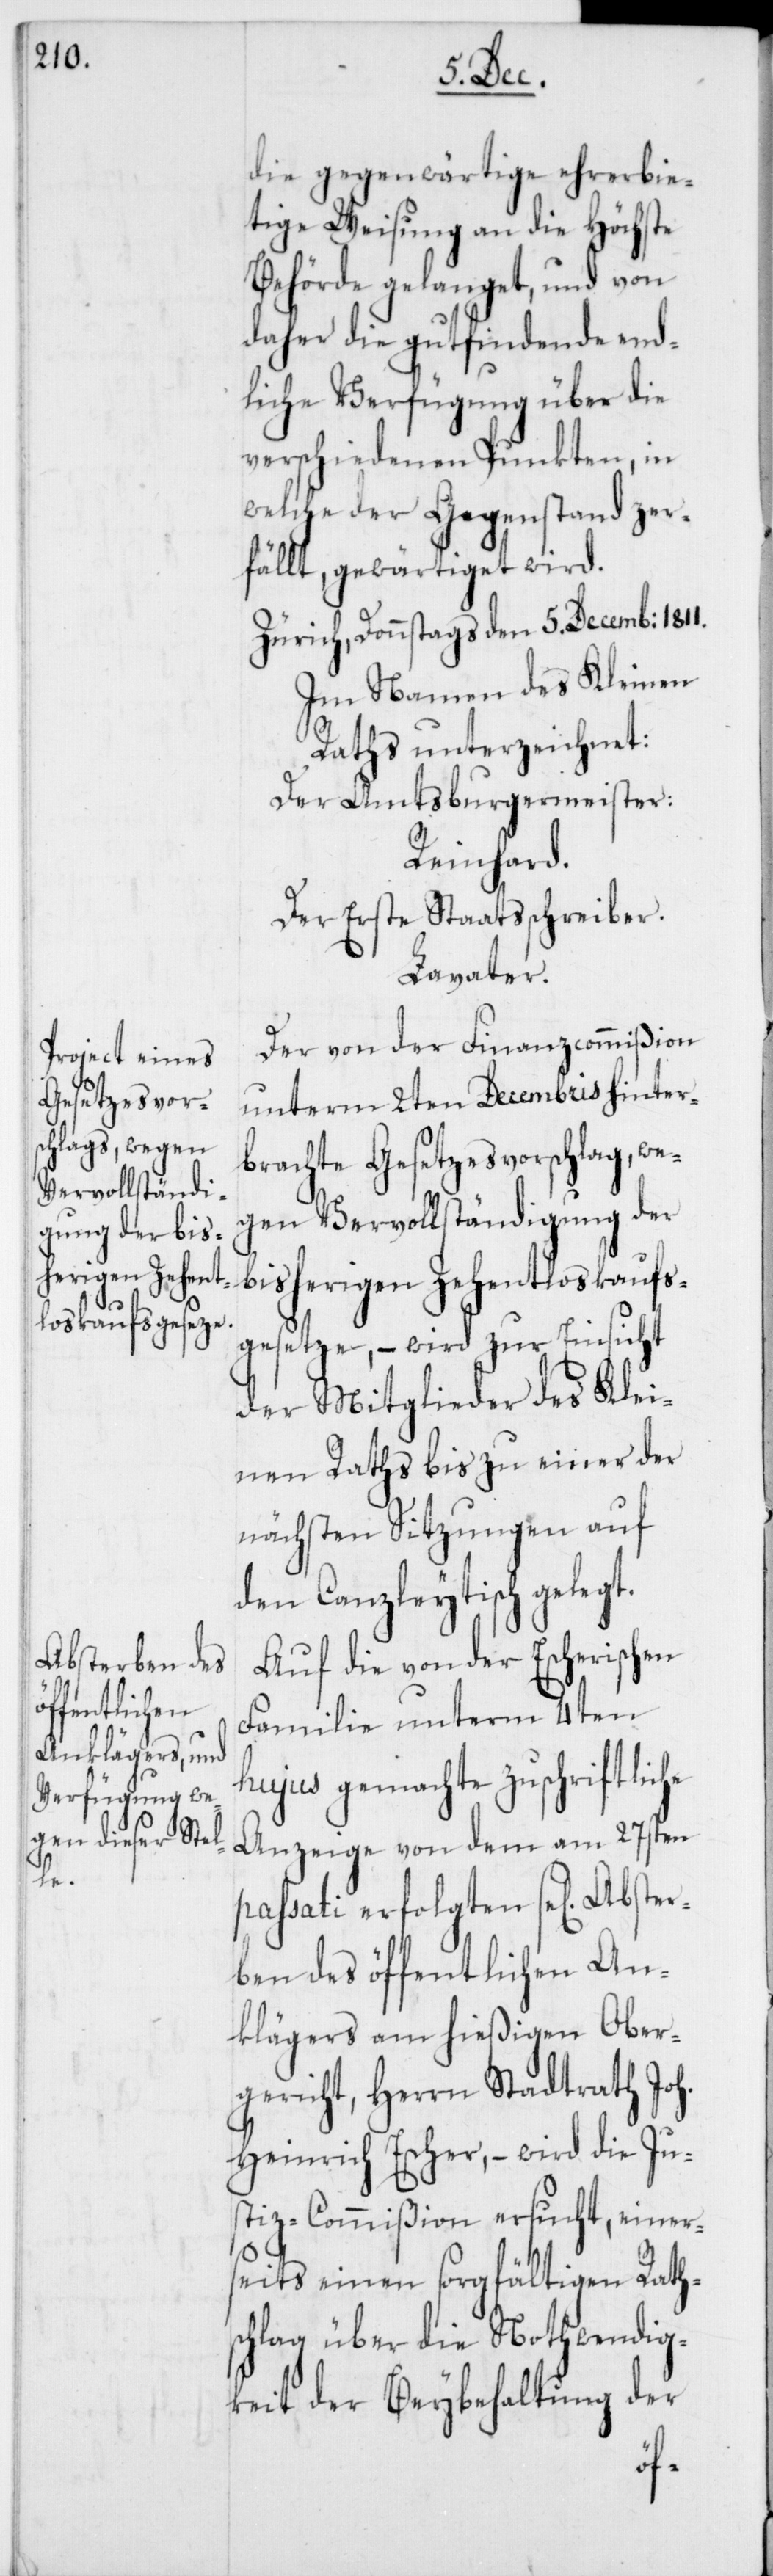
Absterben des
fentlichen
h.

die gegenwärtige ehrerbie¬
tige Weisung an die Höchste
Behörde gelanget, und von
daher die gutfindende end¬
liche Verfügung über die
verschiedenen Punkten, in
welche der Gegenstand zer¬
fällt, gewärtiget wird.
Zürich, Donnstags den 5. Decemb: 1811.
Im Namen des Kleinen
Raths unterzeichnet:
Der Amtsburgermeister:
Reinhard.
Der Erste Staatsschreiber.
Lavater.
Der von der Finanzcommißion
unterm 2ten Decembris hinter¬
brachte Gesetzesvorschlag, we¬
gen Vervollständigung der
bisherigen Zehentloskaufs¬
gesetze, – wird zur Einsicht
der Mitglieder des Klei¬
nen Raths bis zu einer der
nächsten Sitzungen auf
den Canzleytisch gelegt.
Auf die von der Escherischen
Familie unterm 4ten
hujus gemachte zuschriftliche
Anzeige von dem am 27sten
passati erfolgten se[ligen]
klägers am hießigen Ober¬
gericht, Herrn Stadtrath Jo¬
Heinrich Escher, – wird die Ju¬
stiz-Commißion ersucht, einer¬
seits einen sorgfältigen Raths¬
chlag über die Nothwendig¬
keit der Beybehaltung der
öf¬